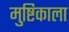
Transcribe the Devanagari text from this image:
मुष्टिकाला